Papers set at the Examination for Leaving Certificates, 1895
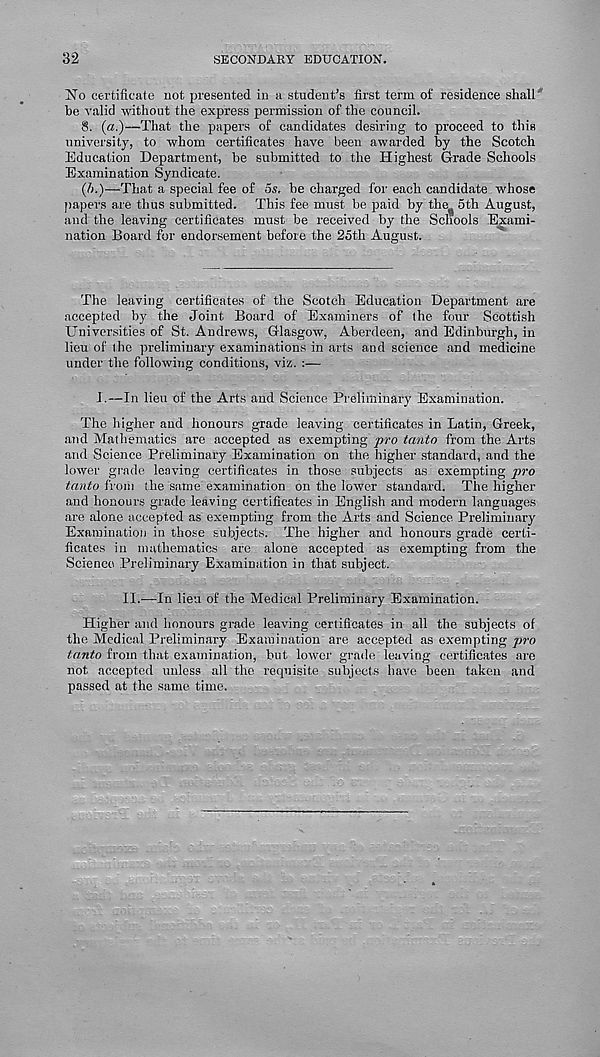
32
SECONDARY EDUCATION.
No certificate not presented in a student's first term of residence shall'
be valid without the express permission of the council.
8. (a.)—That the papers of candidates desiring to proceed to this
university, to whom certificates have been awarded by the Scotch
Education Department, be submitted to the Highest Grade Schools
Examination Syndicate.
(//.)—That a special fee of os, be charged for each candidate whose
papers are thus submitted. This fee must be paid by the^ 5th August,
and the leaving certificates must be received by the Schools Exami-
nation Board for endorsement before the 25th August.
The leaving certificates of the Scotch Education Department are
accepted by the Joint Board of Examiners of the four Scottish
Universities of St. Andrews, Glasgow, Aberdeen, and Edinburgh, in
lieu of the preliminary examinations in arts and science and medicine
under the following conditions, viz. :—
I.—In lieu of the Arts and Science Preliminary Examination.
The higher and honours grade leaving certificates in Latin, Greek,
and Mathematics are accepted as exempting pt-o tanto from the Arts
and Science Preliminary Examination on the higher standard, and the
lower grade leaving certificates in those subjects as exempting pro
tanto from the same examination on the lower standard. The higher
and honours grade leaving certificates in English and modern languages
are alone accepted as exempting from the Arts and Science Preliminary
Examination in those subjects. The higher and honours grade certi-
ficates in mathematics are alone accepted as exempting from the
Science Preliminary Examination in that subject.
II.—In lieu of the Medical Preliminary Examination.
Higher and honours grade leaving certificates in all the subjects of
the Medical Preliminary Examination are accepted as exempting pro
tanto from that examination, but lower grade leaving certificates are
not accepted unless all the requisite subjects have been taken and
passed at the same time.